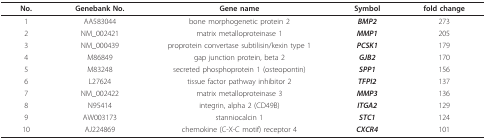
| No. | Genebank No. | Gene name | Symbol | fold change |
 | --- | --- | --- | --- | --- |
 | 1 | AA583044 | bone morphogenetic protein 2 | BMP2 | 273 |
 | 2 | NM_002421 | matrix metalloproteinase 1 | MMP1 | 205 |
 | 3 | NM_000439 | proprotein convertase subtilisin/kexin type 1 | PCSK1 | 179 |
 | 4 | M86849 | gap junction protein, beta 2 | GJB2 | 170 |
 | 5 | M83248 | secreted phosphoprotein 1 (osteopontin) | SPP1 | 156 |
 | 6 | L27624 | tissue factor pathway inhibitor 2 | TFPI2 | 137 |
 | 7 | NM_002422 | matrix metalloproteinase 3 | MMP3 | 136 |
 | 8 | N95414 | integrin, alpha 2 (CD49B) | ITGA2 | 129 |
 | 9 | AW003173 | stanniocalcin 1 | STC1 | 124 |
 | 10 | AJ224869 | chemokine (C-X-C motif) receptor 4 | CXCR4 | 101 |